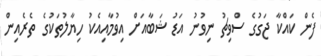
ފެން ކައްކާ ޖަގުގެ ސްވިޗު ނިވުނު އަޑު ޝަބާއަށް އިވުމާއިއެކު ހިޔާލުތަކުގެ ތެރެއިން